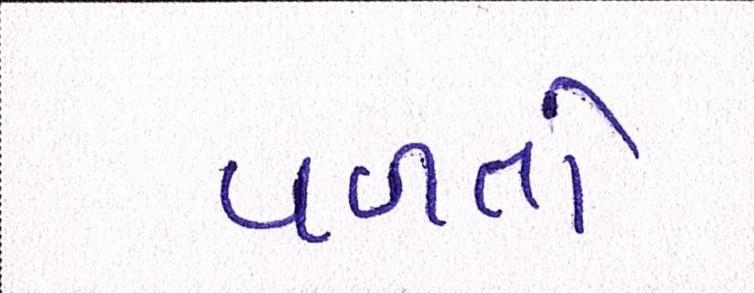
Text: વળતો